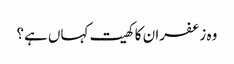
وہ زعفران کا کھیت کہاں ہے؟